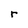
Character: r